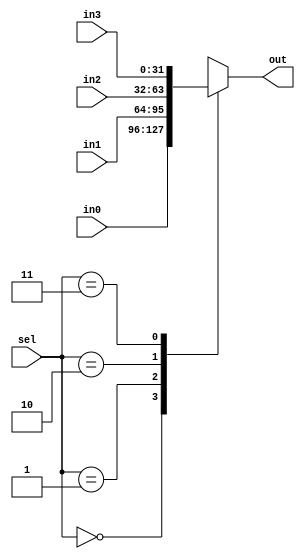
module mux4 #(
    parameter N = 32
)
(
    input [N-1:0] in0, in1, in2, in3,
    input [1:0] sel,

    output [N-1:0] out
);
reg [N-1:0] res;

always @(*) begin
    case (sel)
        2'b00: res = in0;
        2'b01: res = in1;
        2'b10: res = in2;
        2'b11: res = in3;
        default: res = {N{1'bx}};
    endcase
end
assign out = res;

endmodule